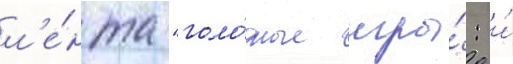
л'е́нта "голо́дные игры́: и́